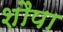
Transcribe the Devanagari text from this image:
शौपा